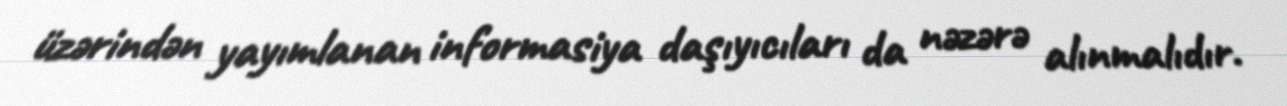
üzərindən yayımlanan informasiya daşıyıcıları da nəzərə alınmalıdır.